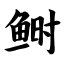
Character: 鲥